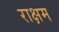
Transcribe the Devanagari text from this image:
राक्षम